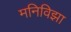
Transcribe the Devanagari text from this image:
मनिविझा